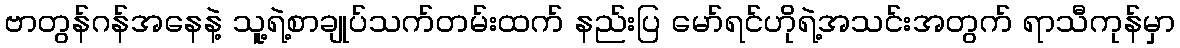
ဗာတွန်ဂန်အနေနဲ့ သူ့ရဲ့စာချုပ်သက်တမ်းထက် နည်းပြ မော်ရင်ဟိုရဲ့အသင်းအတွက် ရာသီကုန်မှာ